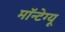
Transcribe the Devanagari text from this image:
मॉन्टेग्यू